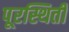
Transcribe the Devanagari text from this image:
पूरस्थिती